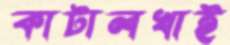
কাটালখাই